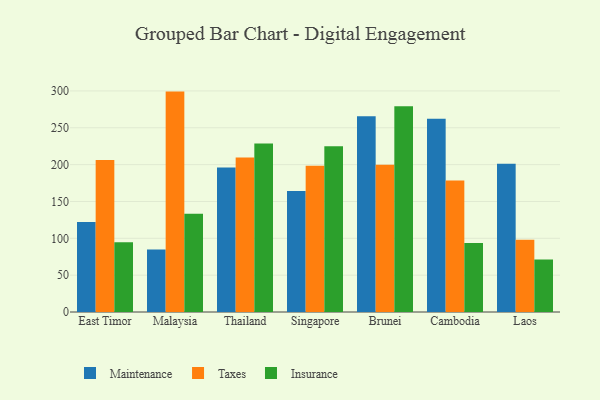
{"axis": {"x": "Country", "y": "Satisfaction Score"}, "legend": ["Insurance", "Maintenance", "Taxes"], "data": [{"x": "East Timor", "y": 122.0, "type": "Maintenance"}, {"x": "East Timor", "y": 206.3, "type": "Taxes"}, {"x": "East Timor", "y": 94.6, "type": "Insurance"}, {"x": "Malaysia", "y": 84.9, "type": "Maintenance"}, {"x": "Malaysia", "y": 299.1, "type": "Taxes"}, {"x": "Malaysia", "y": 133.5, "type": "Insurance"}, {"x": "Thailand", "y": 196.0, "type": "Maintenance"}, {"x": "Thailand", "y": 209.6, "type": "Taxes"}, {"x": "Thailand", "y": 228.7, "type": "Insurance"}, {"x": "Singapore", "y": 164.2, "type": "Maintenance"}, {"x": "Singapore", "y": 198.5, "type": "Taxes"}, {"x": "Singapore", "y": 225.1, "type": "Insurance"}, {"x": "Brunei", "y": 265.8, "type": "Maintenance"}, {"x": "Brunei", "y": 199.9, "type": "Taxes"}, {"x": "Brunei", "y": 279.2, "type": "Insurance"}, {"x": "Cambodia", "y": 262.3, "type": "Maintenance"}, {"x": "Cambodia", "y": 178.6, "type": "Taxes"}, {"x": "Cambodia", "y": 93.6, "type": "Insurance"}, {"x": "Laos", "y": 201.1, "type": "Maintenance"}, {"x": "Laos", "y": 97.9, "type": "Taxes"}, {"x": "Laos", "y": 71.4, "type": "Insurance"}]}